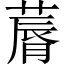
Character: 䔚